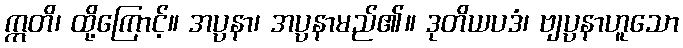
ဣတိ၊ ထို့ကြောင့်။ အပ္ပနာ၊ အပ္ပနာမည်၏။ ဒုတိယပဒံ၊ ဗျပ္ပနာဟူသော